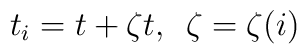
t_i = t + \zeta t, \,\,\,  \zeta=\zeta(i)